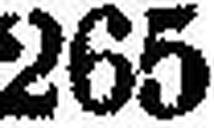
265